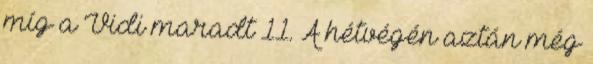
míg a Vidi maradt 11. A hétvégén aztán még